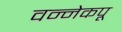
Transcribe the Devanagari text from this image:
वन्नेकपू